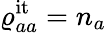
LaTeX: {\varrho_{aa}^{\mathrm{it}}=n_{a}}